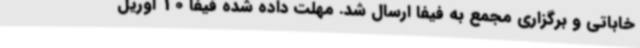
خاباتی و برگزاری مجمع به فیفا ارسال شد. مهلت داده شده فیفا 10 آوریل